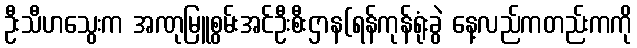
ဦးသီဟသွေးက အဏုမြူစွမ်းအင်ဦးစီးဌာန(ရန်ကုန်ရုံးခွဲ နေ့လည်ကတည်းကကို